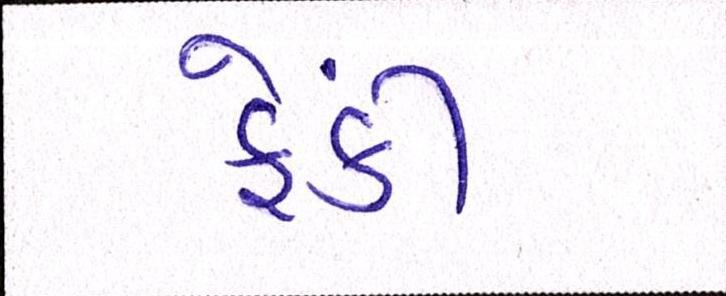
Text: ફેંકી